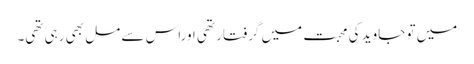
میں تو جاوید کی محبت میں گرفتار تھی اوراس سے مل بھی رہی تھی۔